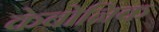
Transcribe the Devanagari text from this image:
केबोनिक